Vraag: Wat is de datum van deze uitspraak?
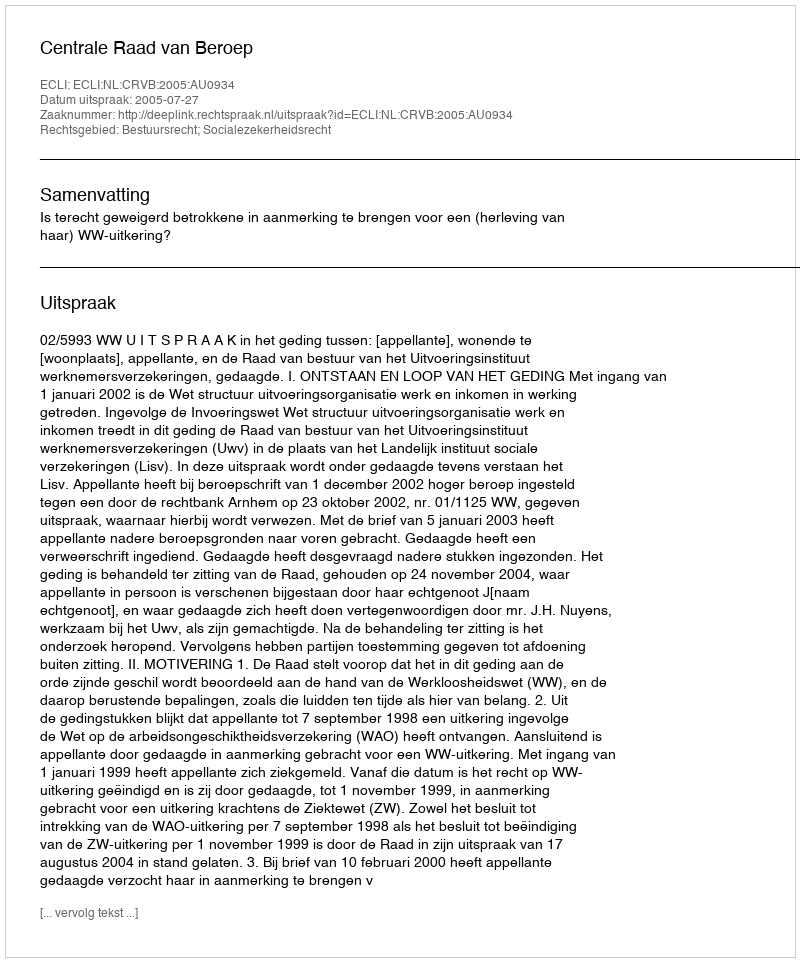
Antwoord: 2005-07-27